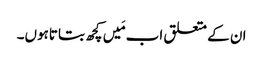
ان کے متعلق اب مَیں کچھ بتاتاہوں۔